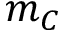
m _ { C }